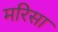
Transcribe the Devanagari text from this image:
मरिसा